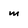
Character: m